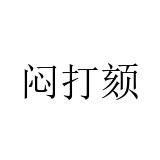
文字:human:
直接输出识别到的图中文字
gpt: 闷打颏